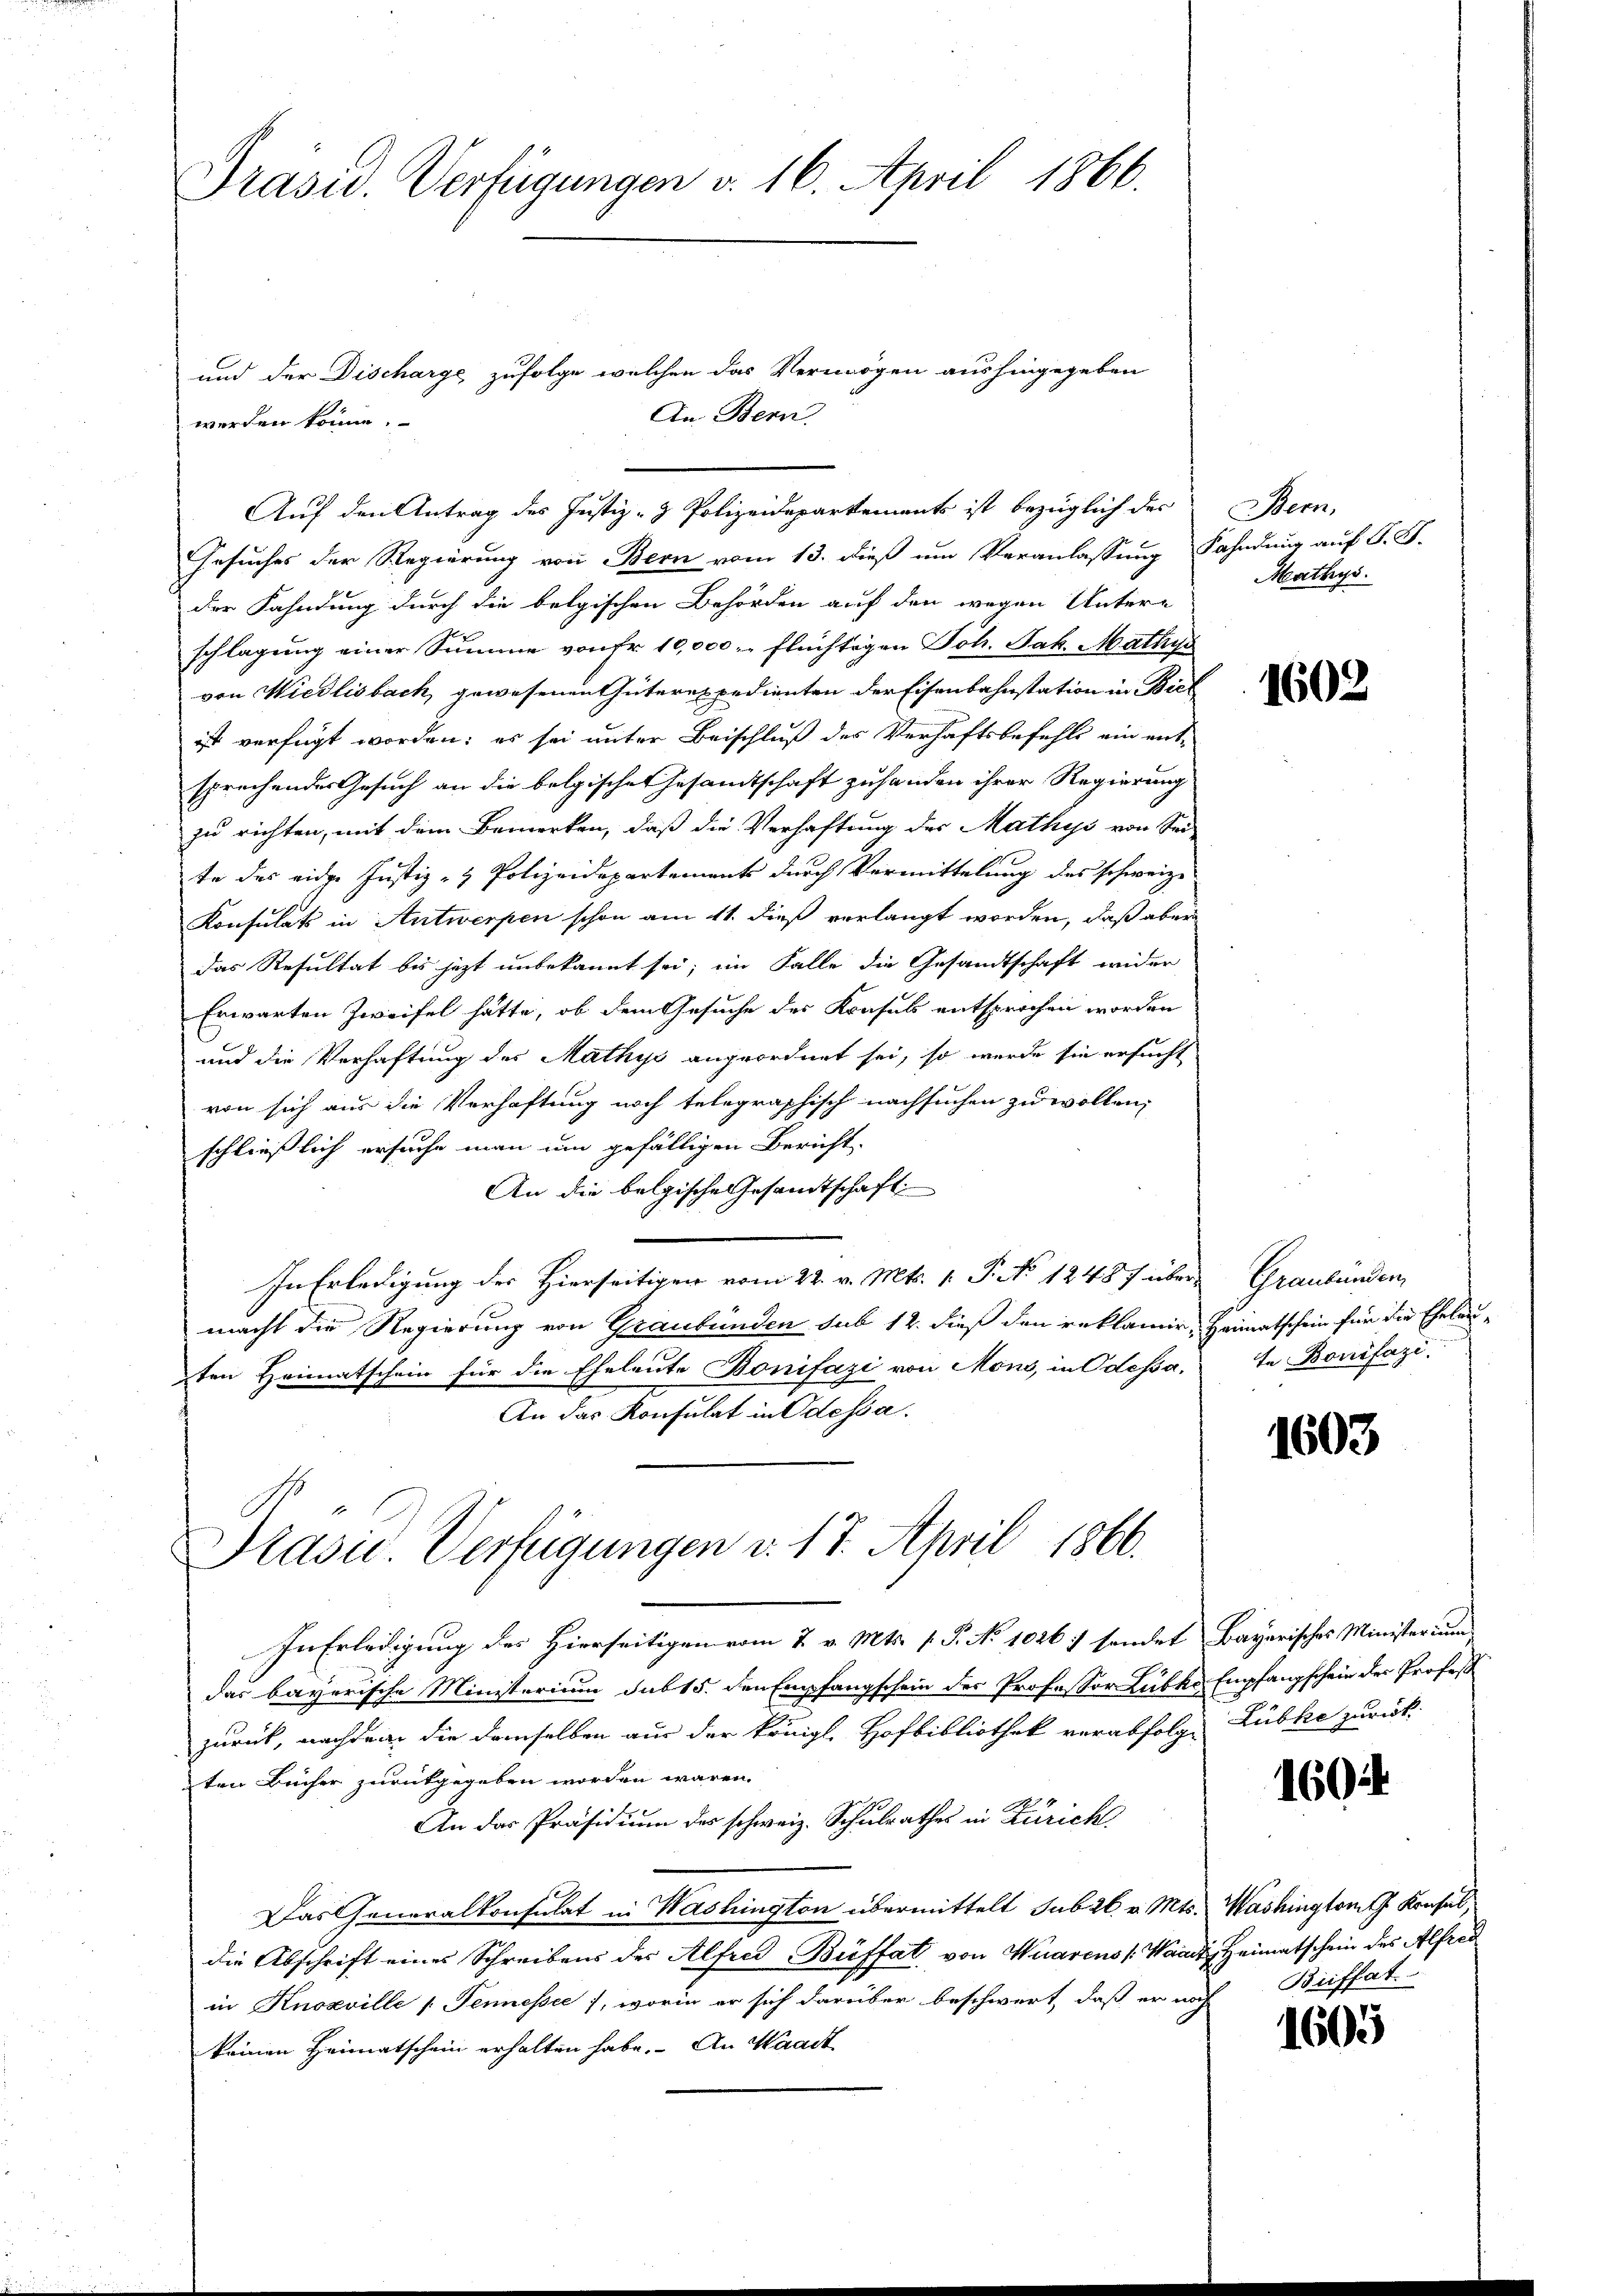
Präsid. Verfügungen v. 16. April 1866.

und der Discharge zufolge welchen das Vermögen aushingegeben
An Bern,
werden könne.
Auf den Antrag des Justiz- & Polizeidepartements ist bezüglich der
Gesuches der Regierung von Bern vom 13. dieß um Veranlassung Fahndung auf S. S.
der Fahndung durch die belgischen Behörden auf den wegen Untere
schlagung einer Summe von Fr. 10,000 flüchtigen Joh. Jak. Mathys
von Wiedlisbach, gewesenen Güterexpedienten der Eisenbahnstation in Biel
ist verfügt worden; es sei unter Beischluß der Verhaftsbefehls ein ent-
sprechendes Gesuch an die belgischen Gesandtschaft zuhanden ihrer Regierung
zu richten, mit dem Bemerken, daß die Verhaftung des Mathys von Sei-
te das eidge Justiz- & Polizeidepartements durch Vermittelung des schweiz.
Konsulats in Antwerpen schon am 11. dieß verlangt worden, daß aber
das Resultat bis jetzt unbekannt sei; im Falle die Gesandtschaft wider
Erwarten Zweifel hätte, ob dem Gesuche des Krasus entsprochen worden
und die Verhaftung des Mathys angeordnet sei, so werde sie ersucht
von sich aus die Verhaftung noch telegraphisch nachsuchen zu wollen,
schließlich ersuche man um gefälligen Bericht.
An die belgische Gesandtschaft
In Erledigung des Hierseitigen vom 22. v. Mts. 1. P. No 12487 übermacht die Regierung von Graubünden sub 12. dieß den reklamir, Heimatschein für die Eheleuten Heimatschein für die Eheleute Bonifazi von Mons, in Odessa.
An das Konsulat in Odessa.
Präsid. Verfügungen v. 17. April 1866.
In Erledigung des Hierseitigen vom 7. v. Mts. s. P. No 1026 :/ sendet Bayerisches Ministerium
das bayerische Ministerium sub 15. den Empfangschein des Professor Lübke Empfangschein der Profess
zurück, nachdem die demselben aus der Königl. Hofbibliothek verabfolge Lübke zurück-
ten Bücher zurückgegeben worden wären.
An das Präsidium des schweiz. Schulrathes in Zürich
Das Generalkonsulat in Washington übermittelt sub 26. v. Mts.
die Abschrift eines Schreibens der Alfred Büffat von Waarens Waadt
in Knoxville (Tennessie, worin er sich darüber beschwert, daß er noch
keinen Heimatschein erhalten habe. An Waadt

Bern.
Mathys.

1602

Graubünden,
te Bonifazi

1603

1604

Washington Krusel,
 Heimatschein des Alfred
Briffat

1605